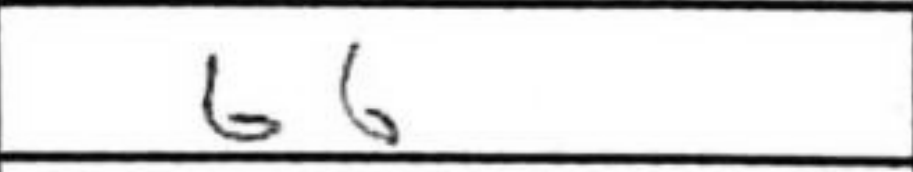
Transcription: b6